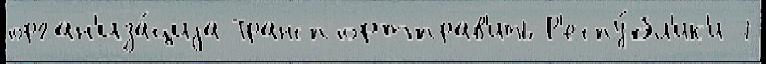
орган'иза́циjа Транспортправ'ить Р'еспу́бл'ик'и 7